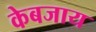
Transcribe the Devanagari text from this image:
केबजाय